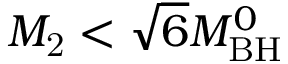
M _ { \mathrm { 2 } } < \sqrt { 6 } M _ { \mathrm { B H } } ^ { 0 }